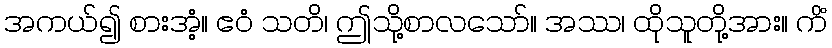
အကယ်၍ စားအံ့။ ဧဝံ သတိ၊ ဤသို့စာလသော်။ အဿ၊ ထိုသူတို့အား။ ကိံ